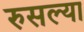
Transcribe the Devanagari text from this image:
रुसल्या